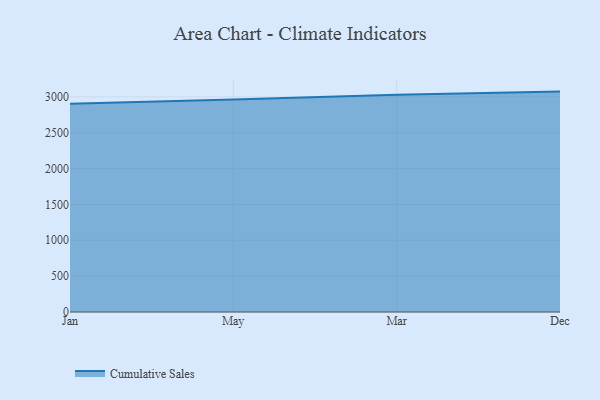
{"axis": {"x": "Month", "y": "Conversion Rate (%)"}, "legend": ["Cumulative Sales"], "data": [{"x": "Jan", "y": 2905.8, "type": "Cumulative Sales"}, {"x": "May", "y": 2961.6, "type": "Cumulative Sales"}, {"x": "Mar", "y": 3028.2, "type": "Cumulative Sales"}, {"x": "Dec", "y": 3073.5, "type": "Cumulative Sales"}]}